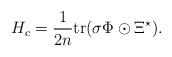
LaTeX: \begin{align*}H_c=\frac{1}{2n}{\rm tr}(\sigma\Phi\odot\Xi^\star).\end{align*}